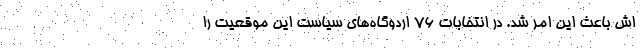
اش باعث این امر شد. در انتخابات ۷۶ اردوگاه‌های سیاست این موقعیت را